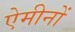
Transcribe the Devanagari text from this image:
ऐमीनों